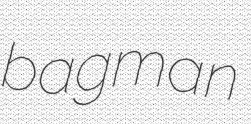
bagman